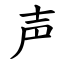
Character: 声